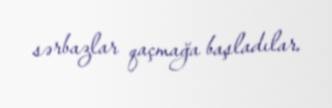
sərbazlar qaçmağa başladılar.